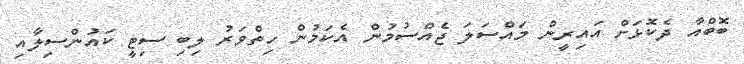
ބޮބްއާ ދެކޮޅަށް އައިރީން މައްސަލަ ޖެއްސުމުން އެކަމުން ހިތްވަރު ލިބި ސިޓީ ކައުންސިލާއި